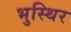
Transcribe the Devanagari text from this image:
भुस्थिर